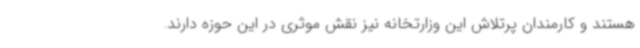
هستند و کارمندان پرتلاش این وزارتخانه نیز نقش موثری در این حوزه دارند.